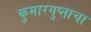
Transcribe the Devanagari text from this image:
कुमारगुप्ताचा